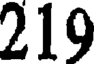
219